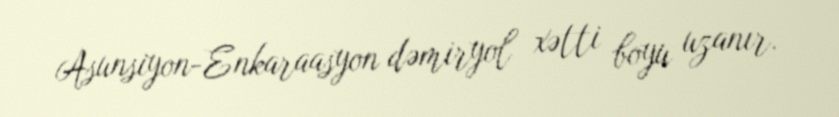
Asunsiyon-Enkaraasyon dəmiryol xətti boyu uzanır.